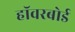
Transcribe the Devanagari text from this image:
हॉवरबोर्ड